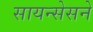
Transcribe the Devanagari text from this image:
सायन्सेसने